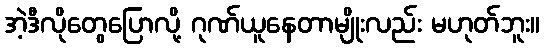
အဲ့ဒီလိုတွေပြောလို့ ဂုဏ်ယူနေတာမျိုးလည်း မဟုတ်ဘူး။